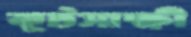
কূটসাক্ষী